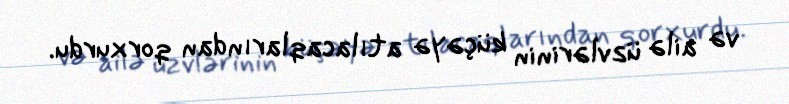
və ailə üzvlərinin küçəyə atılacaqlarından qorxurdu.